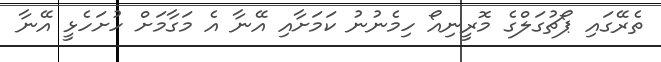
ތެރޭގައި ޕޯޗުގަލްގެ މޮރީނިއޯ ހިމެނުނު ކަމަށާއި އޭނާ އެ މަގާމަށް ހުށަހެޅީ އޭނާ